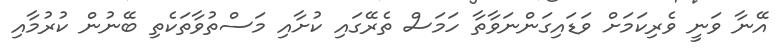
އޭނާ ވަނީ ވެރިކަމަށް ވަޑައިގަންނަވާތާ ހަމަސް ތެރޭގައި ކުށާއި މަސްތުވާތަކެތި ބޭނުން ކުރުމާއި